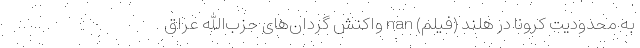
به محدودیت کرونا در هلند (فیلم) nan واکنش گردان‌های حزب‌الله عراق